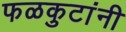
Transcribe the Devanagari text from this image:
फळकुटांनी